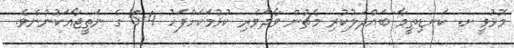
މޮޅުވީ ށ. ކަނޑިތީމާ ބައްދަލުކުރި މެޗުން ވާދަވެރި ކުޅުމަކަށްފަހު 4-5 ގެ ނަތީޖާއަކުންނެވެ.